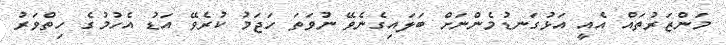
މަންޒަރުތައް އެއީ އަޅުގަނޑުމެންނަށް ބަލައިގެނެވޭ ނުވަތަ ހަޖަމު ކުރެވޭ އަޑު އެހުމުގެ ހިތްވަރު